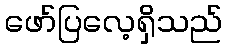
ဖော်ပြလေ့ရှိသည်